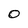
Character: O